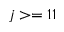
j > = 1 1